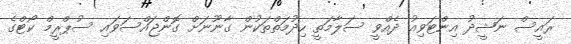
ރައީސް ނަޝީދު އިންޓަވިއު ދެއްވީ ސަލާމަތީ ހިދުމަތްތަކުން ގާނޫނަށް ގޮންޖައްސަވައި ސުޕްރީމް ކޯޓްގެ